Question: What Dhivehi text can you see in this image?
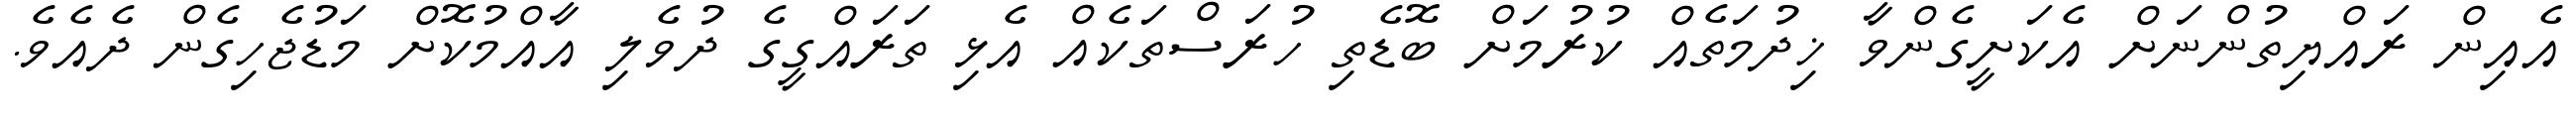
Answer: އެއިން ރައްޔިތުންނަށް އެކަށީގެންވާ ޚިދުމަތެއް ކުރުމަށް ބޮޑެތި ހުރަސްތަކެއް އެޅި ތަރައްގީގެ ދުވެލި އާއްމުކޮށް މަޑުޖެހިގެން ދެއެވެ.